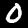
Label: 0